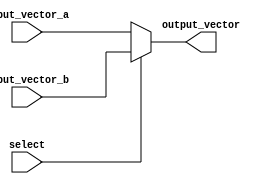
module vector_continuous_assignment #(
    parameter WIDTH = 8 // Define the bit width of the vectors
)(
    input  wire [WIDTH-1:0] input_vector_a, // First input vector
    input  wire [WIDTH-1:0] input_vector_b, // Second input vector
    input  wire select, // Control signal to select which input to assign
    output wire [WIDTH-1:0] output_vector // Output vector
);

// Continuous assignment to output_vector based on the select signal
assign output_vector = select ? input_vector_b : input_vector_a;

endmodule